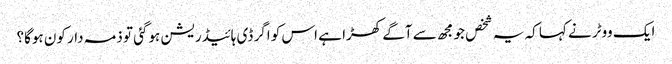
ایک ووٹر نے کہا کہ یہ شخص جو مجھ سے آگے کھڑا ہے اس کو اگر ڈی ہائیڈریشن ہوگئی تو ذمہ دار کون ہوگا؟